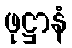
ဖုဋ္ဌာနံ